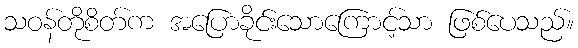
သဝန်တိုစိတ်က အပြောခိုင်းသောကြောင့်သာ ဖြစ်ပေသည်။